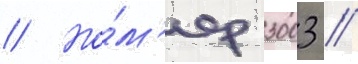
// Но́м'ер 3003 //